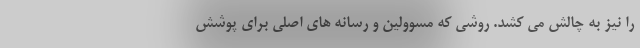
را نیز به چالش می کشد. روشی که مسوولین و رسانه های اصلی برای پوشش